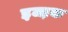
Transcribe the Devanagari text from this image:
इजा़क